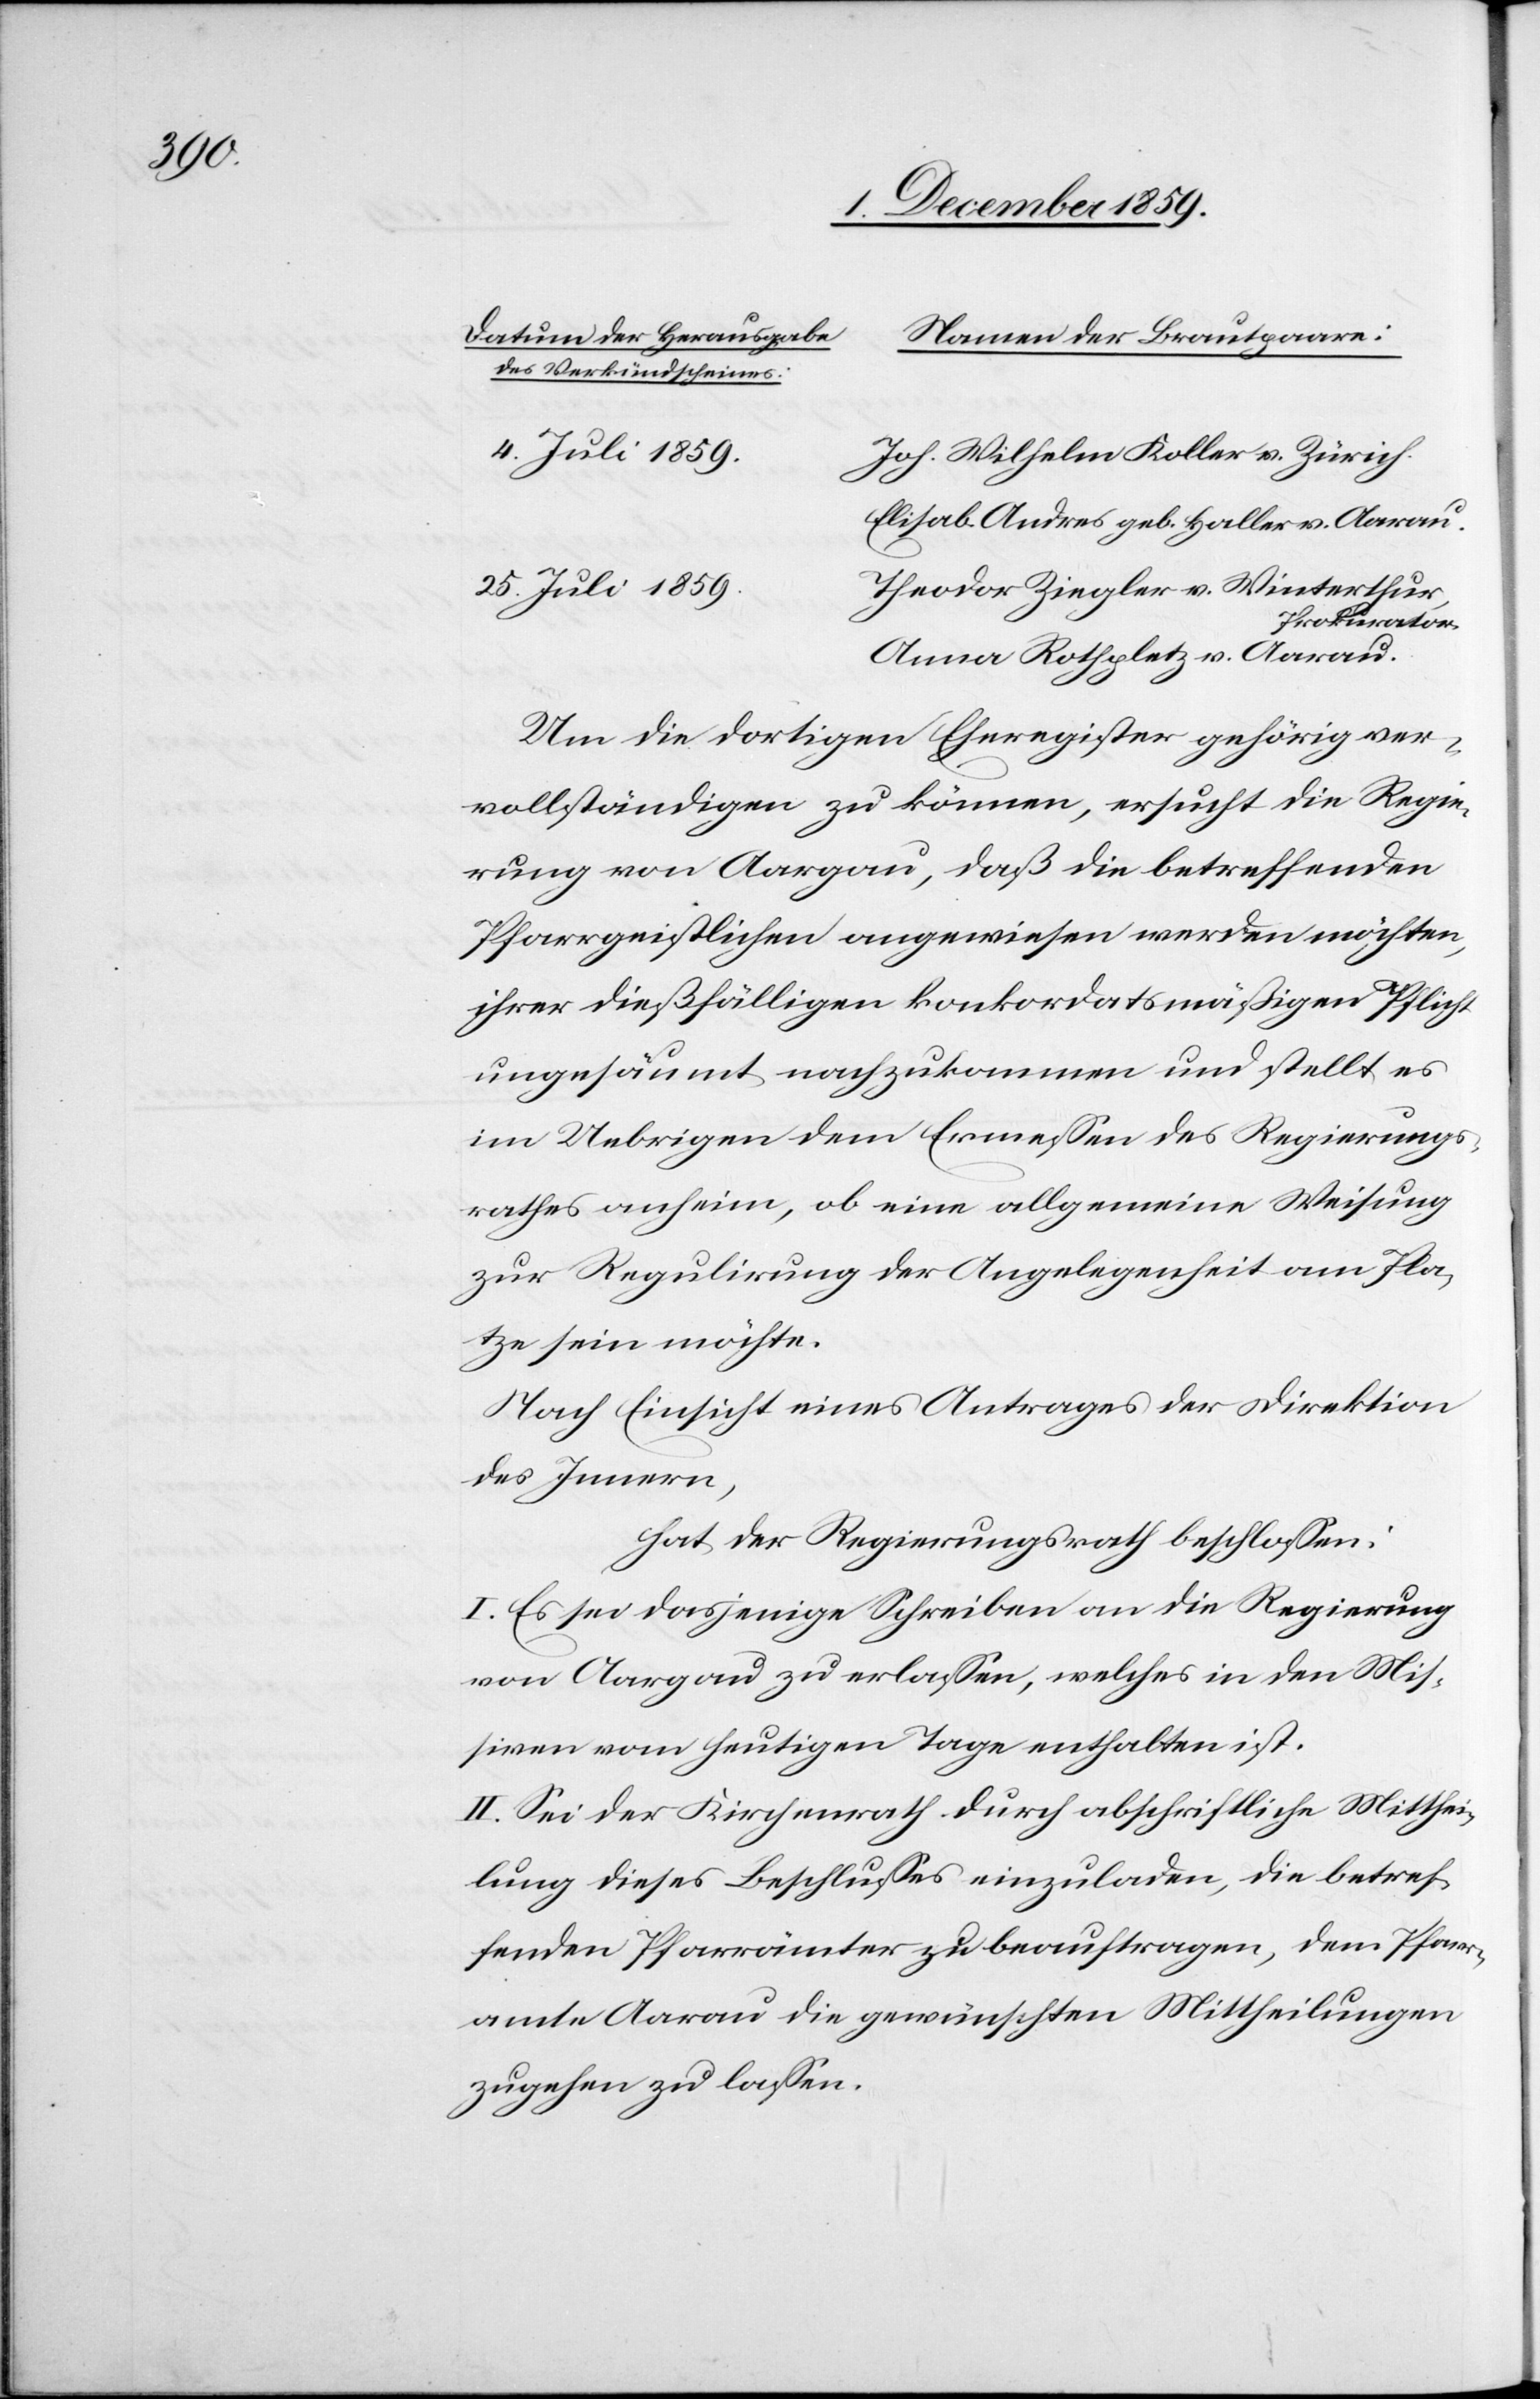
Datum der Herausgabe
Namen der Brautpaare.
des Verkündscheines.
4. Juli 1859.
Joh. Wilhelm Koller v. Zürich.
Elisab. Anders geb. Kaller v. Aarau.
25. Juli 1859.
Theodor Ziegler v. Winterthur,
Prokurator.
Anna Rothpletz v. Aarau.
Um die dortigen Eheregister gehörig ver¬
vollständigen zu können, ersucht die Regie¬
rung von Aargau, daß die betreffenden
Pfarrgeistlichen angewiesen werden möchten,
ihrer dießfälligen konkordatsmäßigen Pflicht
ungesäumt nachzukommen und stellt es
im Uebrigen dem Ermessen des Regierungs¬
rathes anheim, ob eine allgemeine Weisung
zur Regulirung der Angelegenheit am Pla¬
tze sein möchte.
Nach Einsicht eines Antrages der Direktion
des Innern,
hat der Regierungsrath beschlossen:
I. Es sei dasjenige Schreiben an die Regierung
von Aargau zu erlassen, welches in den Mis¬
siven vom heutigen Tage enthalten ist.
II. Sei der Kirchenrath durch abschriftliche Mitthei¬
lung dieses Beschlusses einzuladen, die betref¬
fenden Pfarrämter zu beauftragen, dem Pfarr¬
amte Aarau die gewünschten Mittheilungen
zugehen zu lassen.